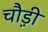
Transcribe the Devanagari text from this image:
चौ़ड़ी